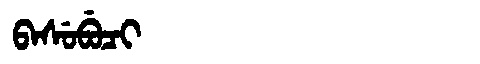
Manchu: ᠪᠠᠰᡠᠪᡠᠴᡳ
Romanization: BASUBUCI